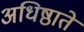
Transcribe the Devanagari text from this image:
अधिष्ठाते